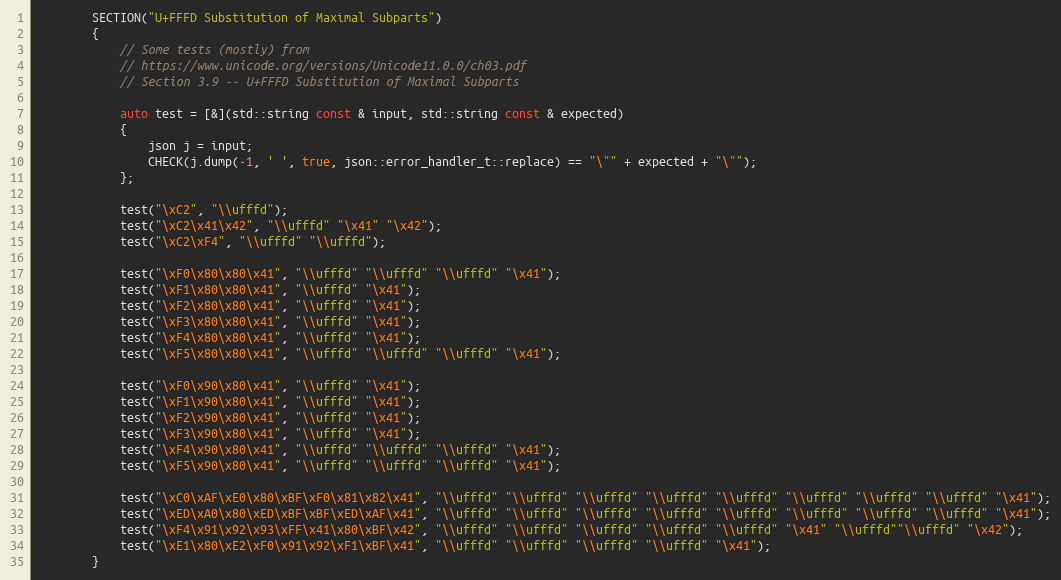
Language: C++
        SECTION("U+FFFD Substitution of Maximal Subparts")
        {
            // Some tests (mostly) from
            // https://www.unicode.org/versions/Unicode11.0.0/ch03.pdf
            // Section 3.9 -- U+FFFD Substitution of Maximal Subparts

            auto test = [&](std::string const & input, std::string const & expected)
            {
                json j = input;
                CHECK(j.dump(-1, ' ', true, json::error_handler_t::replace) == "\"" + expected + "\"");
            };

            test("\xC2", "\\ufffd");
            test("\xC2\x41\x42", "\\ufffd" "\x41" "\x42");
            test("\xC2\xF4", "\\ufffd" "\\ufffd");

            test("\xF0\x80\x80\x41", "\\ufffd" "\\ufffd" "\\ufffd" "\x41");
            test("\xF1\x80\x80\x41", "\\ufffd" "\x41");
            test("\xF2\x80\x80\x41", "\\ufffd" "\x41");
            test("\xF3\x80\x80\x41", "\\ufffd" "\x41");
            test("\xF4\x80\x80\x41", "\\ufffd" "\x41");
            test("\xF5\x80\x80\x41", "\\ufffd" "\\ufffd" "\\ufffd" "\x41");

            test("\xF0\x90\x80\x41", "\\ufffd" "\x41");
            test("\xF1\x90\x80\x41", "\\ufffd" "\x41");
            test("\xF2\x90\x80\x41", "\\ufffd" "\x41");
            test("\xF3\x90\x80\x41", "\\ufffd" "\x41");
            test("\xF4\x90\x80\x41", "\\ufffd" "\\ufffd" "\\ufffd" "\x41");
            test("\xF5\x90\x80\x41", "\\ufffd" "\\ufffd" "\\ufffd" "\x41");

            test("\xC0\xAF\xE0\x80\xBF\xF0\x81\x82\x41", "\\ufffd" "\\ufffd" "\\ufffd" "\\ufffd" "\\ufffd" "\\ufffd" "\\ufffd" "\\ufffd" "\x41");
            test("\xED\xA0\x80\xED\xBF\xBF\xED\xAF\x41", "\\ufffd" "\\ufffd" "\\ufffd" "\\ufffd" "\\ufffd" "\\ufffd" "\\ufffd" "\\ufffd" "\x41");
            test("\xF4\x91\x92\x93\xFF\x41\x80\xBF\x42", "\\ufffd" "\\ufffd" "\\ufffd" "\\ufffd" "\\ufffd" "\x41" "\\ufffd""\\ufffd" "\x42");
            test("\xE1\x80\xE2\xF0\x91\x92\xF1\xBF\x41", "\\ufffd" "\\ufffd" "\\ufffd" "\\ufffd" "\x41");
        }